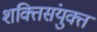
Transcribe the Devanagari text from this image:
शक्तिसंयुक्त